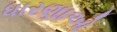
ધારણાઓ